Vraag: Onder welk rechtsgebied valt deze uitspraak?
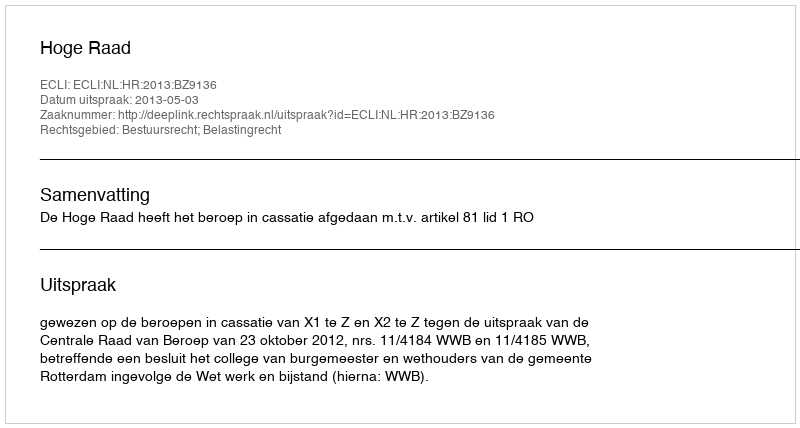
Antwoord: Bestuursrecht; Belastingrecht